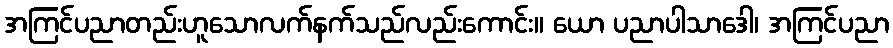
အကြင်ပညာတည်းဟူသောလက်နက်သည်လည်းကောင်း။ ယော ပညာပါသာဒေါ၊ အကြင်ပညာ